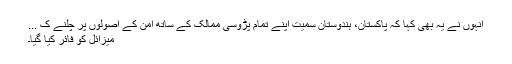
انہوں نے یہ بھی کہا کہ پاکستان، ہندوستان سمیت اپنے تمام پڑوسی ممالک کے ساتھ امن کے اصولوں پر چلنے ک ...
میزائل کو فائر کیا گیا۔